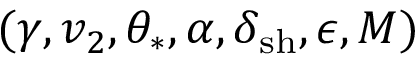
( \gamma , v _ { 2 } , \theta _ { \ast } , \alpha , \delta _ { \mathrm { s h } } , \epsilon , M )